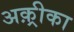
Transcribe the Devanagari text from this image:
अक़्रीका